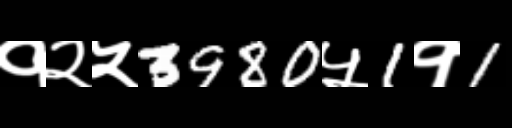
Text: १२५3980५1१1